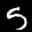
Digit: 5